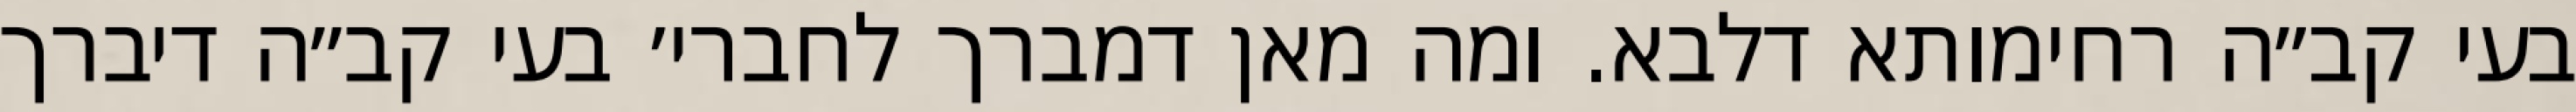
בעי קב״ה רחימותא דלבא. ומה מאן דמברך לחברי׳ בעי קב״ה דיברך